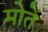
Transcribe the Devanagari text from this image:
मोतें